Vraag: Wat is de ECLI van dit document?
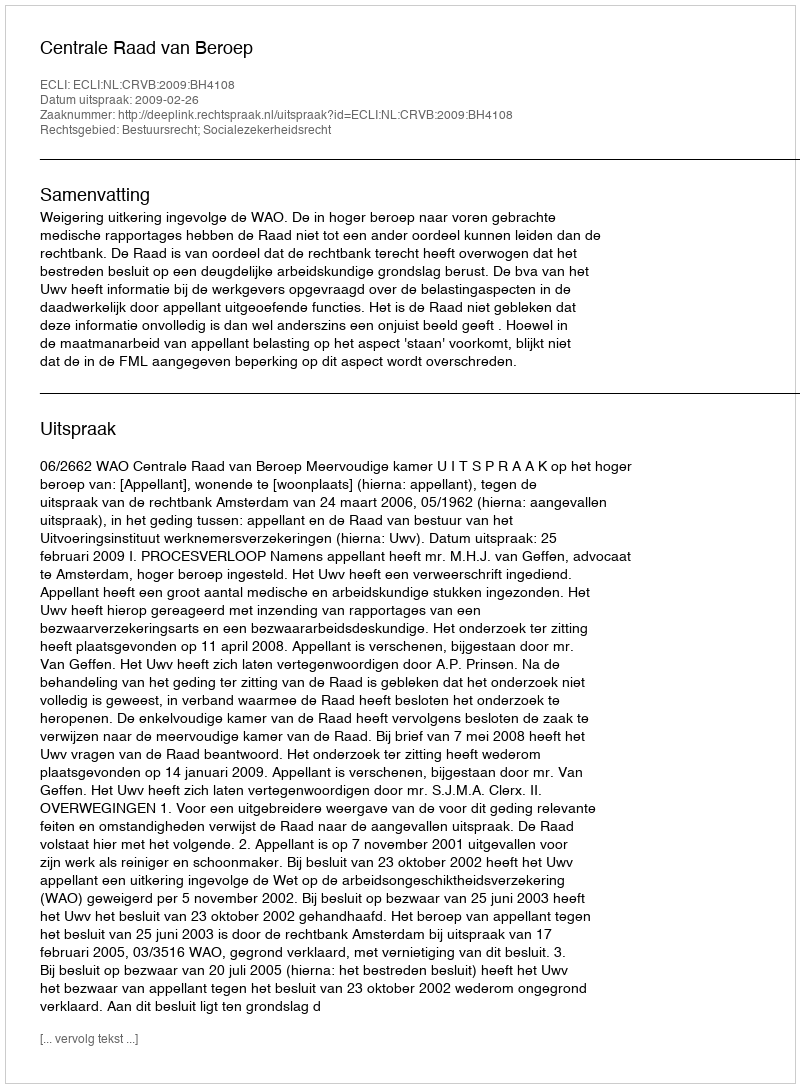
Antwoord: ECLI:NL:CRVB:2009:BH4108